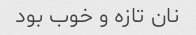
نان تازه و خوب بود